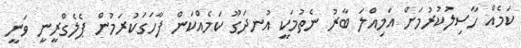
ކަމެއް ހާސިލުކުރުމަށް އަމިއްލަ ބާރު ނެތުމަކީ އުނދަގޫ ކަމެއްކަން ފާހަގަކުރަމުން ޕެލެގްރީނީ ވަނީ